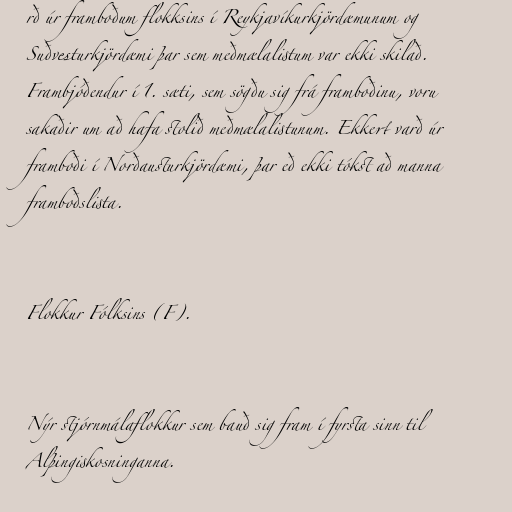
rð úr framboðum flokksins í Reykjavíkurkjördæmunum og
Suðvesturkjördæmi þar sem meðmælalistum var ekki skilað.
Frambjóðendur í 1. sæti, sem sögðu sig frá framboðinu, voru
sakaðir um að hafa stolið meðmælalistunum. Ekkert varð úr
framboði í Norðausturkjördæmi, þar eð ekki tókst að manna
framboðslista.

Flokkur Fólksins (F).

Nýr stjórnmálaflokkur sem bauð sig fram í fyrsta sinn til
Alþingiskosninganna.